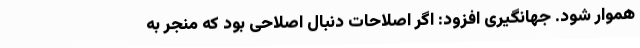
هموار شود. جهانگیری افزود: اگر اصلاحات دنبال اصلاحی بود که منجر به